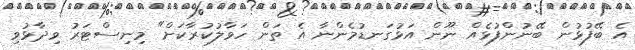
އެ ބޭފުޅުން ބޭނުންފުޅެއް ނޫން އަޅުގަނޑުމެންނާ އެ ތަން ހަވާލުކުރާކަށް" މިނިސްޓަރު ވިދާޅުވި